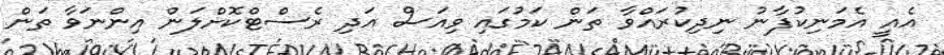
އެއީ އެމަނިކުފާނު ނިދިކުރައްވާ ތަން ކަމުގައި ވިއަސް އަދި ރެސްޓްކޮށްލަން އިންނަވާ ތަން